Report on sanitation, dispensaries, and jails in Rajputana for 1910, and on vaccination for the year 1910-1911 - 1910-1911
Year: 1910
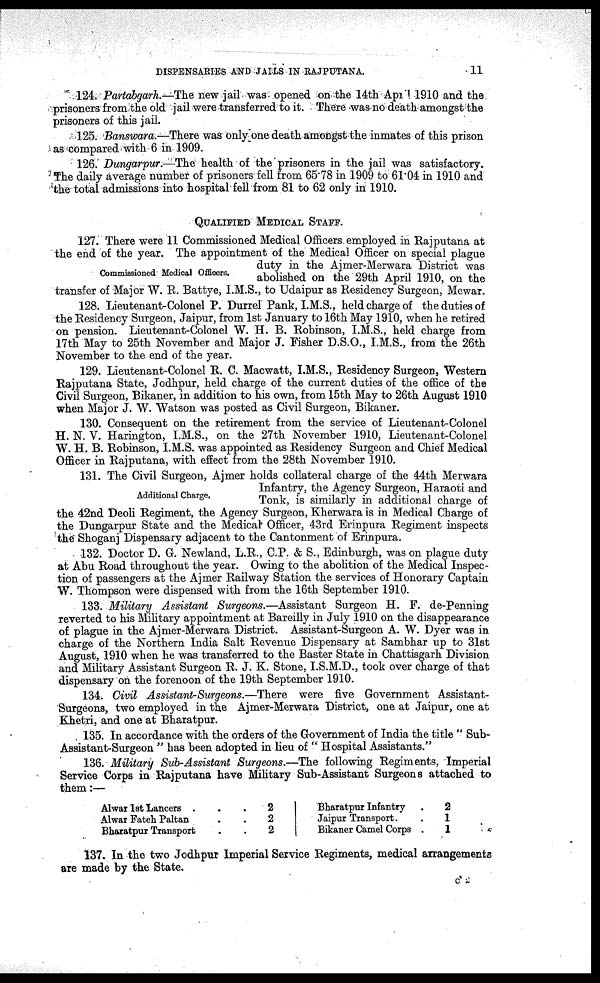
DISPENSARIES AND JAILS IN RAJPUTANA.
11
124. Partabgarh.—The new jail was opened on the 14th April 1910 and the
prisoners from the old jail were transferred to it. There was no death amongst the
prisoners of this jail.
125. Banswara.—There was only one death amongst the inmates of this prison
as compared with 6 in 1909.
126. Dungarpur.—The health of the prisoners in the jail was satisfactory.
The daily average number of prisoners fell from 65.78 in 1909 to 61.04 in 1910 and
the total admissions into hospital fell from 81 to 62 only in 1910.
QUALIFIED MEDICAL STAFF.
Commissioned Medical Officers.
127. There were 11 Commissioned Medical Officers employed in Rajputana at
the end of the year. The appointment of the Medical Officer on special plague
duty in the Ajmer-Merwara District was
abolished on the 29th April 1910, on the
transfer of Major W. R. Battye, I.M.S., to Udaipur as Residency Surgeon, Mewar.
128. Lieutenant-Colonel P. Durrel Pank, I.M.S., held charge of the duties of
the Residency Surgeon, Jaipur, from 1st January to 16th May 1910, when he retired
on pension. Lieutenant-Colonel W. H. B. Robinson, I.M.S., held charge from
17th May to 25th November and Major J. Fisher D.S.O., I.M.S., from the 26th
November to the end of the year.
129. Lieutenant-Colonel R. C. Macwatt, I.M.S., Residency Surgeon, Western
Rajputana State, Jodhpur, held charge of the current duties of the office of the
Civil Surgeon, Bikaner, in addition to his own, from 15th May to 26th August 1910
when Major J. W. Watson was posted as Civil Surgeon, Bikaner.
130. Consequent on the retirement from the service of Lieutenant-Colonel
H. N. V. Harington, I.M.S., on the 27th November 1910, Lieutenant-Colonel
W. H. B. Robinson, I.M.S. was appointed as Residency Surgeon and Chief Medical
Officer in Rajputana, with effect from the 28th November 1910.
Additional Charge.
131. The Civil Surgeon, Ajmer holds collateral charge of the 44th Merwara
Infantry, the Agency Surgeon, Haraoti and
Tonk, is similarly in additional charge of
the 42nd Deoli Regiment, the Agency Surgeon, Kherwara is in Medical Charge of
the Dungarpur State and the Medical Officer, 43rd Erinpura Regiment inspects
the Shoganj Dispensary adjacent to the Cantonment of Erinpura.
132. Doctor D. G. Newland, L.R., C.P. & S., Edinburgh, was on plague duty
at Abu Road throughout the year. Owing to the abolition of the Medical Inspec-
tion of passengers at the Ajmer Railway Station the services of Honorary Captain
W. Thompson were dispensed with from the 16th September 1910.
133. Military Assistant Surgeons.—Assistant Surgeon H. F. de-Penning
reverted to his Military appointment at Bareilly in July 1910 on the disappearance
of plague in the Ajmer-Merwara District. Assistant-Surgeon A. W. Dyer was in
charge of the Northern India Salt Revenue Dispensary at Sambhar up to 31st
August, 1910 when he was transferred to the Baster State in Chattisgarh Division
and Military Assistant Surgeon R. J. K. Stone, I.S.M.D., took over charge of that
dispensary on the forenoon of the 19th September 1910.
134. Civil Assistant-Surgeons.—There were five Government Assistant-
Surgeons, two employed in the Ajmer-Merwara District, one at Jaipur, one at
Khetri, and one at Bharatpur.
135. In accordance with the orders of the Government of India the title " Sub-
Assistant-Surgeon " has been adopted in lieu of " Hospital Assistants."
136. Military Sub-Assistant Surgeons.—The following Regiments, Imperial
Service Corps in Rajputana have Military Sub-Assistant Surgeons attached to
them:—
Alwar 1st Lancers . . .
Alwar Fateh Paltan . .
Bharatpur Transport . .
2
2
2
Bharatpur Infantry .
Jaipur Transport. .
Bikaner Camel Corps .
2
1
1
137. In the two Jodhpur Imperial Service Regiments, medical arrangements
are made by the State.